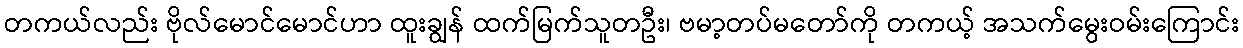
တကယ်လည်း ဗိုလ်မောင်မောင်ဟာ ထူးချွန် ထက်မြက်သူတဦး၊ ဗမာ့တပ်မတော်ကို တကယ့် အသက်မွေးဝမ်းကြောင်း